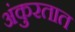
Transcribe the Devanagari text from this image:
अंकुरतात